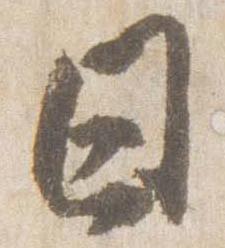
日